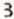
3